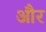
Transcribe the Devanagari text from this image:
और